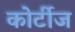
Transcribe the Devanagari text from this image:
कोर्टीज